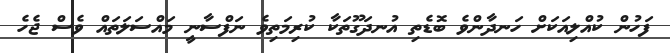
ފަހުން ކުއްލިއަކަށް ހަނދާންވެ ބޮޑެތި އުނދަގޫތަކާ ކުރިމަތިވެ ނަފްސާނީ މައްސަލަތައް ވެސް ޖެހެ